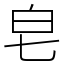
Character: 皂